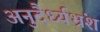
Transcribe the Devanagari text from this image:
अनुदैर्ध्यभ्रंश